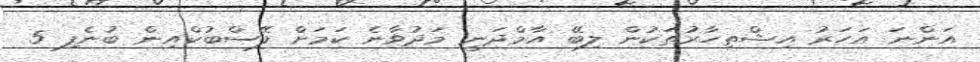
އަންނަ އަހަރު އިޝްތިހާރުތަކުން ލިބޭ އާމްދަނީ މަދުވާނެ ކަމަށް ފޭސްބުކްއިން ބުނެފި 5